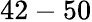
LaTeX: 42-50